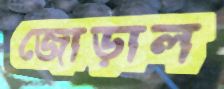
জোড়াল